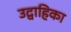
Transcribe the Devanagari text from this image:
उद्वाहिका